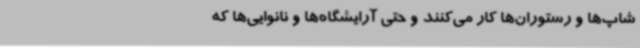
شاپ‌ها و رستوران‌ها کار می‌کنند و حتی آرایشگاه‌ها و نانوایی‌ها که